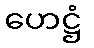
ဟေဋ္ဌံ